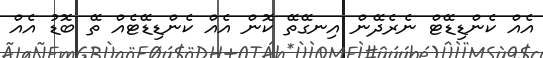
އެއް ކެންޑިޑޭޓް ނެރެދޭން އިނގޭތޭ ކޮން އެއް ކެންޑިޑޭޓެއް ތޭ ބޮޑު އެއް